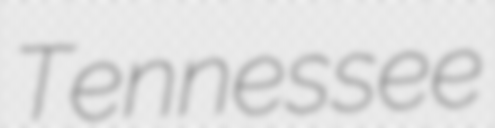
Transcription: Tennessee